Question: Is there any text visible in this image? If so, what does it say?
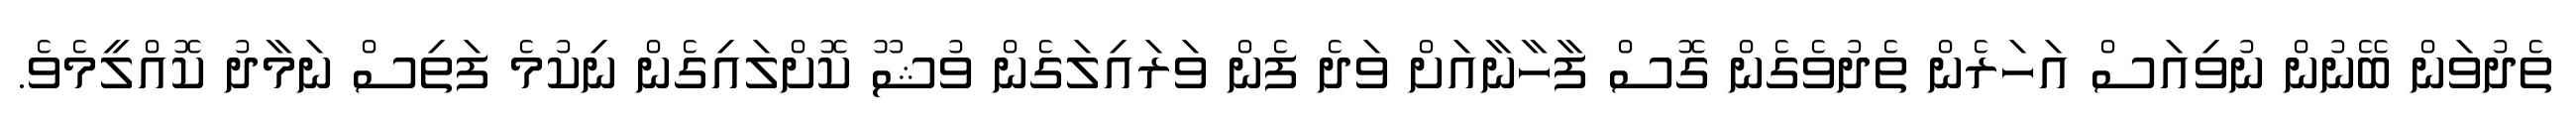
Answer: ތެދުވަން ބޭނުން ނުވިއަސް އަހަރެން ތެދުވެގެން ގޮސް ފާހާނާއަށް ވަދެ ފެން ވަރައިލަގެން ވުޝޫ ކޮށްލައިގެން ނިކުމެ ފަތިސް ނަމާދު ކޮއްލީމެވެ.